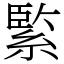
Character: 𦂳